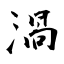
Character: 渦